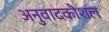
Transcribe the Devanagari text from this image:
अनुवादकौशल